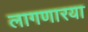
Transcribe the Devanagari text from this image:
लागणारया